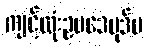
ကျင့်ထုံးဥပဒေပုဒ်မ